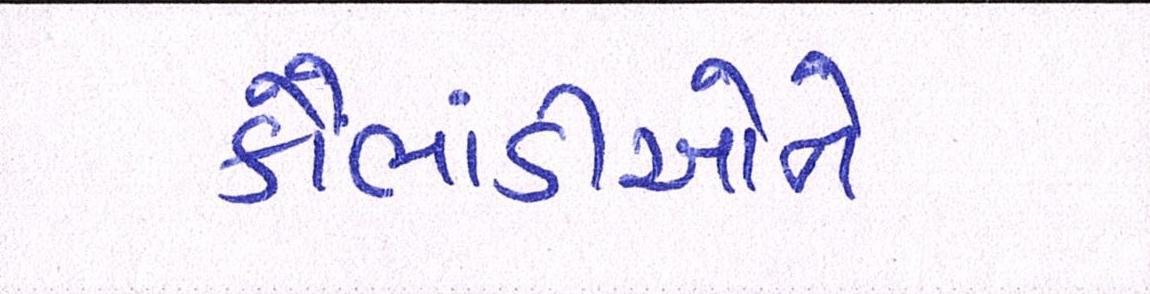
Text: કૌભાંડીઓને